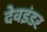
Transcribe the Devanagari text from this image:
देवइंडर